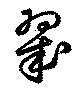
翠